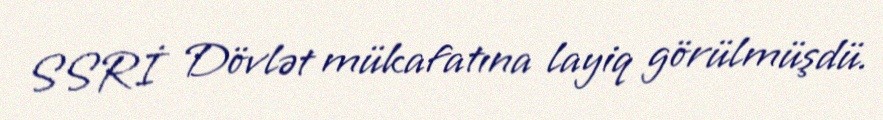
SSRİ Dövlət mükafatına layiq görülmüşdü.